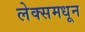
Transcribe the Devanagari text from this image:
लेक्समधून